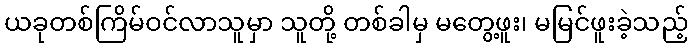
ယခုတစ်ကြိမ်ဝင်လာသူမှာ သူတို့ တစ်ခါမှ မတွေ့ဖူး၊ မမြင်ဖူးခဲ့သည့်